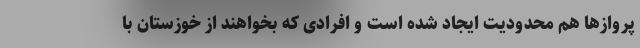
پروازها هم محدودیت ایجاد شده است و افرادی که بخواهند از خوزستان با